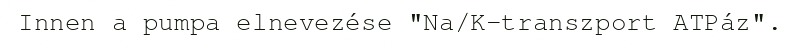
Innen a pumpa elnevezése "Na/K-transzport ATPáz".